Calcutta medical institutions reports 1879-81 [i.e.91]
Year: 1879
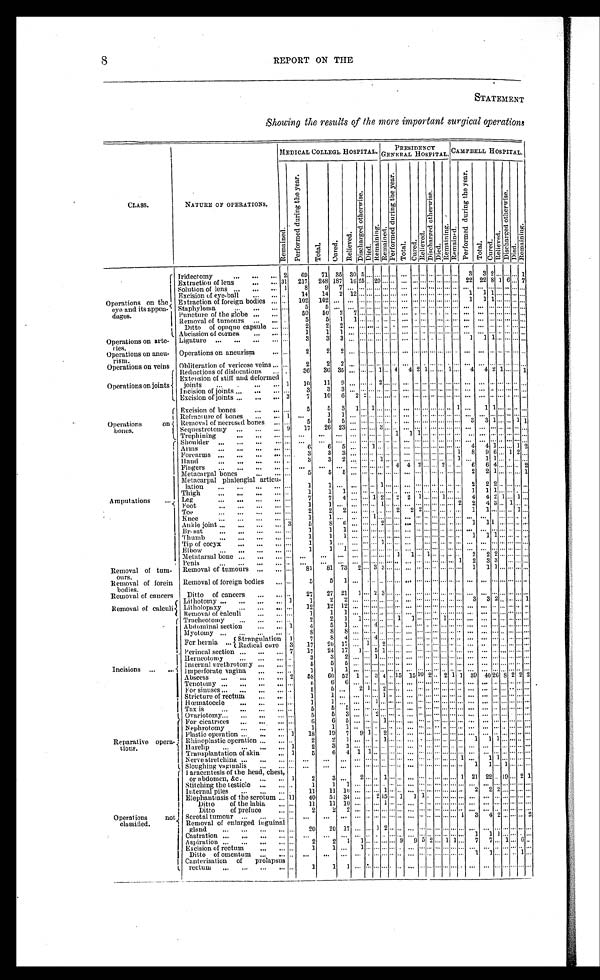
8
REPORT ON THE
STATEMENT
Showing the results of the more important surgical operations
NATURE 0F OPERATIONS.
MEDICAL COLLEGE HOSPITAL.
PRESIDENCY
GENERAL HOSPITAL. CAMPBELL HOSPITAL
.
CLASS.
R e m a i n e d .
P e r f o r m e d d u r i n g t h e y e a r .
T o t a l .
C u r e d .
R e l i e v e d .
D i s c h a r g e d o t h e r w i s e .
Died.
R e m a i n i n g . R e m a i n e d .
P e r f o r m e d d u r i n g t h e y e a r .
T o t a l .
C u r e d .
R e l i e v e d .
D i s c h a r g e d o t h e r w i s e .
D i e d . R e m a i n i n g . R e m a i n e d .
P e r f o r m e d d u r i n g t h e y e a r .
T o t a l . C u r e d .
C u r e d .
C u r e d .
R e l i e v e d .
D i s c h a r g e d o t h e r w i s e .
D i e d .
R e m a i n i n g .
Operations on the
eye and its appen-
dages.
Iridectomy . . .
2
6 9
7 1
3 5
30
5 . . . . . . . . .
. . .
. . . . . . . . .. . .
. . . . . .. . .
3
3 2 . . . . . . . . . 1
Extraction of lens . . .
31
217
248 187 16 25 . . . 20 . . . . . .
. . . . . . . . . . . . . . . . . .. . . 22 22 8 1 6 . . .
7
Solution of lens . . .
1
8
9
7
. . . . . . . . . . . . . . . . . .
. . . . . . . . . . . . . . . . . .. . .
. . .
. . . . . . . . . . . . . . . . . .
Excision of eye-ball . . .
. . .
1 4
1 4
2
1 2 . . . . . . . . . . . . . . .
. . . . . . . . . . . . . . . . . .. . .
1
1 1 . . . . . . . . . . . .
Extraction of foreign bodies . . .
. . .
102
102
. . .
. . .
. . . . . . . . . . . . . . .
. . .
. . . . . . . . . . . . . . .. . .
1
1 1
. . . . . . . . . . . .
Staphyloma . . .
. . .
5
5
. . .
. . . . . . . . . . . . . . . . . .
. . . . . . . . . . . . . . . . . .. . .
. . .
. . . . . . . . . . . . . . . . . .
Puncture of the globe . . .
. . .
5 0
5 0
2
7 . . . . . . . . . . . . . . .
. . . . . . . . . . . . . . . . . .. . .
. . .
. . . . . . . . . . . . . . . . . .
Removal of tumours . . .
. . .
5
5
1
1 . . . . . . . . . . . . . . .
. . . . . . . . . . . . . . . . . .. . .
. . .
. . . . . . . . . . . . . . .
. . .
Ditto of opaque capsule . . .
. . .
2
2
2
. . . . . . . . . . . . . . . . . .
. . . . . . . . . . . . . . . . . .. . .
. . .
. . . . . . . . . . . . . . .
. . .
Abcission of cornea . . .
. . .
1
1
1
. . . . . . . . . . . . . . . . . .
. . . . . . . . . . . . . . . . . .. . .
. . .
. . . . . . . . . . . . . . . . . .
Operations on arte-ries.
Ligature . . .
3
3
3
. . .
. . .. . .
. . . . . . . . .. . .
. . . . . . . . . . . . . . . . . .
. . .
1
1 1 . . . . . . . . . . . .
Operations on aneu-
rism.
Operations on aneurism . . .
. . .
2
2
2
. . . . . . . . . . . . . . . . . .
. . . . . . . . . . . . . . . . . .. . .
. . .
. . . . . . . . . . . . . . . . . .
Obliteration of vericose veins . . .
. . .
2
2
2
. . . . . . . . . . . . . . . . . .
. . . . . . . . . . . . . . . . . .. . .
. . .
. . . . . . . . . . . . . . . . . .
Operations on veins
Operations on joints
Reductions of dislocations . . .
. . .
36
36 35
. . .
. . . . . . 1 . . . 4
4 2 1 . . . . . . 1 . . .
4
4 2 1
. . . . . . 1
Extension of stiff and deformed
joints . . .
1
1 0
1 1
9
. . . . . . . . . 2 . . . . . .
. . .. . . . . . . . . . . .
. . .
. . .
. . .
. . . . . . . . .
. . . . . .
. . .
Incision of joints. . .
. . .
3
3
3
. . . . . . . . . . . . . . . . . .
. . . . . . . . . . . . . . . . . .. . .
. . .
. . . . . . . . . . . .. . . . . .
Excision of joints . . .
3
7
1 0
6
2 2 . . . . . . . . . . . .
. . . . . . . . . . . . . . . . . .. . .
. . .
. . . . . . . . . . . .. . . . . .
Operations
on
bones.
Excision of bones . . .
. . .
5
5
3 1
. . . 1 . . . . . . . . .
. . . . . . . . . . . . . . . . . .1
. . .
1 1 . . . . . . . . . . . .
Refracture of bones . . .
1
. . .
1
1 . . .
. . . . . . . . . . . . . . .
. . . . . . . . . . . . . . . . . .. . .
. . .
. . . . . . . . . . . . . . . . . .
Removal of necrosed bones . . .
. . .
5
5
5 . . . . . . . . . . . . . . . . . .
. . . . . . . . . . . . . . . . . .. . .
3
3 1 . . . . . . 1 1
Sequestrotomy . . .
9
1 7
2 6
2 3
. . . . . . . . . 3 . . . . . .
. . . . . . . . . . . . . . . . . .. . .
. . .
. . . . . . . . . . . . . . . . . .
Trephining . . .
. . .
. . .
. . .
. . .
. . . . . . . . . . . . . . . 1
1 1 . . . . . . . . . . . .. . .
. . .
. . . . . . . . . . . . . . . . . .
Amputations . . .
Shoulder . . .
. . .
. . .
. . .
. . .
. . . . . . . . . . . . . . . . . .
. . . . . . . . . . . . . . . . . .. . .
. . .
. . . . . . . . . . . . . . . . . .
Arms . . .
. . .
6
6
5
. . . . . . 1 . . . . . . . . .
. . . . . . . . . . . . . . . . . .. . .
4
4 1 . . . . . . 1 2
Forearms . . .
. . .
3
3
3
. . . . . . . . . . . . . . . . . .
. . . . . . . . . . . . . . . . . .1
8
9 6 . . . 1 2 . . .
Hand . . .
. . .
3
3
2
. . . . . . . . . 1 . . . . . .
. . . . . . . . . . . . . . . . . .1
. . .
1 1 . . . . . . . . . . . .
Fingers . . .
. . .
. . .
. . .
. . .
. . . . . . . . . . . . . . . 4
4 2 . . . . . . 2 . . .. . .
6
6 4 . . . . . . . . . 2
Metacarpal bones . . .
. . .
5
5
5
. . . . . . . . . . . . . . . . . .
. . . . . . . . . . . . . . . . . .. . .
2
2 1 . . . . . . . . . 1
Metacarpal phalengial articu
-
lation . . . . . .
1
1
. . .
. . . . . . . . . 1 . . . . . .
. . . . . . . . . . . . . . . . . .. . .
2
2 2 . . . . . . . . . . . .
Thigh . . .
. . .
1
1
1
. . . . . . . . . . . . . . . . . .
. . . . . . . . . . . . . . . . . .. . .
1
1 1 . . . . . . . . . . . .
Leg. . .
. . .
7
7
4
. . . . . . 1 2
. . . 2 2 1
. . . . . . 1 . . .. . .
4
4 2 1
. . . 1 . . .
Foot . . .
. . .
1
1
. . .
. . . . . . . . . 1 . . . . . .
. . . . . . . . . . . . . . . . . .2
2
4 3 . . . 1 . . . . . .
Toe . . .
. . .
2
2
2
. . . . . . . . . . . . . . . 2
2 2 . . . . . . . . . . . .. . .
1
1 . . . . . . . . . 1 . . .
Knee . . .
. . .
1
1
. . .
. . . . . . 1 . . . . . . . . .
. . . . . . . . . . . . . . . . . .. . .
. . .
. . . . . . . . . . . . . . . . . .
Ankle joint . . .
3
5
8
6
. . . . . . . . . 2 . . . . . .
. . . . . . . . . . . . . . . . . .. . .
1
1 1 . . . . . . . . . . . .
Breast . . .
. . .
1
1
1
. . . . . . . . . . . . . . . . . .
. . . . . . . . . . . . . . . . . .. . .
. . .
. . . . . . . . . . . . . . . . . .
Thumb . . .
. . .
1
1
1
. . . . . . . . . . . . . . . . . .
. . . . . . . . . . . . . . . . . .. . .
1
1 1 . . . . . . . . . . . .
Tip of cocyx . . .
. . .
1
1
. . .
. . . . . . . . . 1 . . . . . .
. . . . . . . . . . . . . . . . . .. . .
. . .
. . . . . . . . . . . . . . . . . .
Elbow . . .
. . .
1
1
1
. . . . . . . . . . . . . . . . . .
. . . . . . . . . . . . . . . . . .. . .
. . .
. . . . . . . . . . . . . . . . . .
Metatarsal bone . . .
. . .
. . .
. . .
. . .
. . . . . . . . . . . . . . . 1
1 . . . 1 . . . . . . . . .. . .
2
2 2 . . . . . . . . . . . .
Penis . . .
. . .
. . .
. . .
. . .
. . . . . . . . . . . . . . . . . .
. . . . . . . . . . . . . . . . . .1
2
3 3 . . . . . . . . . . . .
Removal of tum-
ours.
Removal of tumours . . .
. . .
81
81 73
2 . . . 3 3 . . . . . .
. . . . . . . . . . . . . . . . . . . . .
1
1 1
. . . . . . . . . . . .
Removal of forein
bodies.
Removal of foreign bodies . . .
. . .
5
5
1
. . . . . . . . . . . . . . . . . .
. . . . . . . . . . . . . . . . . .. . .
. . .
. . . . . . . . . . . . . . . . . .
Removal of cancers
Ditto
of cancers . . . . . .
2 7
2 7
2 1
1 . . . 2 3 . . . . . .
. . . . . . . . . . . . . . . . . .. . .
. . .
. . .
. . . . . . . . . . . . . . .
Removal of calculi
Lithotomy . . .
1
1
2
2
. . . . . . . . . . . . . . . . . .
. . . . . . . . . . . . . . . . . .. . .
3
3 2 . . . . . . . . . 1
Litholopaxy . . .
. . .
1 2
1 2
1 2
. . . . . . . . . . . . . . . . . .
. . . . . . . . . . . . . . . . . . . . .
. . .
. . . . . . . . . . . . . . . . . .
Removal of calculi . . .
. . .
1
1
1
. . . . . . . . . . . . . . . . . .
. . . . . . . . . . . . . . . . . . . . .
. . .
. . . . . . . . . . . . . . . . . .
Incisions . . .
Tracheotomy . . .
. . .
2
2
1
1 . . . . . . . . . . . . 1
1 . . . . . . . . . 1 . . .. . .
. . .
. . . . . . . . . . . . . . . . . .
Abdominal section . . .
1
4
5
1
. . . . . . 4 . . . . . . . . .
. . . . . . . . . . . . . . . . . .. . .
. . .
. . . . . . . . . . . . . . . . . .
Myotomy . . .
. . .
8
8
8
. . . . . . . . . . . . . . . . . .
. . . . . . . . . . . . . . . . . .. . .
. . .
. . . . . . . . . . . . . . . . . .
For hernia . . .
S t r a n g u l a t i o n 1
7
8
4
. . . . . . 4 . . . . . . . . .
. . . . . . . . . . . . . . . . . . . . .
. . .
. . . . . . . . . . . . . . . . . .
Radical cure
3
17
20 17
. . . 1 . . . 2 . . . . . .
. . . . . . . . . . . . . . . . . .. . .
. . . . . .
. . . . . . . . . . . . . . .
Perineal section . . .
7
17
24 17
1 . . . 5 1 . . . . . .
. . . . . . . . . . . . . . . . . .
. . .
. . .
. . . . . . . . . . . . . . . . . .
Herneotomy . . .
. . .
3
3
2
. . . . . . 1 . . . . . . . . .
. . . . . . . . . . . . . . . . . . . . .
. . .
. . . . . . . . . . . . . . . . . .
Internal urethrotomy . . .
. . .
5
5
5
. . . . . . . . . . . . . . . . . .
. . . . . . . . . . . . . . . . . . . . .
. . .
. . . . . . . . . . . . . . . . . .
Imperforate vagina . . .
. . .
1
1
1
. . . . . . . . . . . . . . . . . .
. . . . . . . . . . . . . . . . . . . . .
. . .
. . . . . . . . . . . . . . . . . .
Abscess . . .
2
58
60 52 1
. . . 3 4 . . . 15 15 10 2 . . . 2 1 1 39 40 26
8 2 2 2
Tenotomy . . .
. . .
6
6
6
. . . . . . . . . . . . . . . . . .
. . . . . . . . . . . . . . . . . .. . .
. . .
. . . . . . . . . . . . . . . . . .
For sinuses . . .
. . .
5
5
. . .
2 1 . . . 2 . . . . . .
. . .. . . . . . . . . . . . . . .. . .
. . .
. . . . . . . . . . . . . . . . . .
Stricture of rectum . . .
. . .
1
1
. . .
. . . . . . . . . 1 . . . . . .
. . . . . . . . . . . . . . . . . .. . .
. . .
. . . . . . . . . . . . . . . . . .
Hœmatocele . . .
. . .
1
1
. . .
. . . . . . 1 . . . . . . . . .
. . . . . . . . . . . . . . . . . . . . .
. . .
. . . . . . . . . . . . . . . . . .
Tax is . . .
. . .
5
5
5
. . . . . . . . . . . . . . . . . .
. . . . . . . . . . . . . . . . . . . . .
. . .
. . . . . . . . . . . . . . . . . .
Ovariotomy . . .
. . .
5
5
3
. . . . . . 2 . . . . . . . . .
. . . . . . . . . . . . . . . . . . . . .
. . .
. . . . . . . . . . . . . . . . . .
Reparative opera
- t i o n s .
For cicatrices . . .
. . .
6
6
5
. . . . . . . . . 1 . . . . . .
. . . . . . . . . . . . . . . . . . . . .
. . .
. . . . . . . . . . . . . . . . . .
Nephrotomy . . .
. . .
1
1
1
. . . . . . . . . . . . . . . . . .
. . . . . . . . . . . . . . . . . . . . .
. . .
. . . . . . . . . . . . . . . . . .
Plastic operation . . .
1
1 8
1 9
7
9 1 . . . 2 . . . . . .
. . . . . . . . . . . . . . . . . . . . .
. . .
. . . . . . . . . . . . . . . . . .
Rhinoplastic operation . . .
. . .
2
2
1
. . . . . . . . . 1 . . . . . .
. . . . . . . . . . . . . . . . . . . . .
1
1 1 . . . . . . . . . . . .
Harelip . . .
1
2
3
3
. . . . . . . . . . . . . . . . . .
. . . . . . . . . . . . . . . . . . . . .
. . .
. . . . . . . . . . . . . . . . . .
Transplantation of skin . . .
1
5
6
4
1 1 . . . . . . . . . . . .
. . . . . . . . . . . . . . . . . . . . .
. . .
. . . . . . . . . . . . . . . . . .
Nerve stretching . . .
. . .
. . .
. . .
. . .
. . . . . . . . . . . . . . . . . .
. . . . . . . . . . . . . . . . . .1
. . .
1 1 . . . . . . . . . . . .
Sloughing vaginalis . . .
. . .
. . .
. . .
. . .
. . . . . . . . . . . . . . . . . .
. . . . . . . . . . . . . . . . . . . . .
1
1 . . . 1 . . . . . . . . .
O p e r a t i o n s
not
classified.
Paracentesis of the head, chest,
or abdomen, &c. . . .
1
2
3
. . .
2 . . . . . . 1 . . . . . .
. . . . . . . . . . . . . . . . . . 1 21 22 . . . 19 . . . 2 1
Stitching the testicle . . .
. . .
1
1
1
. . . . . . . . . . . . . . . . . .
. . . . . . . . . . . . . . . . . . . . .
. . .
. . . . . . . . . . . . . . . . . .
Internal piles . . .
. . .
1 1
1 1
1 0
. . . . . . . . . 1 . . . . . .
. . . . . . . . . . . . . . . . . . . . .
2
2 2 . . . . . . . . . . . .
Elephantiasis of the scrotum . . . 11
40
51 34
. . . . . . 2 15 . . . 1
1 1 . . .
. . . . . . . . . . . .
. . .
. . . . . . . . . . . . . . . . . .
Ditto
of the labia . . . . . .
1 1
1 1
1 0
. . . . . . . . . 1 . . . . . .
. . . . . . . . . . . . . . . . . . . . .
. . .
. . . . . . . . . . . . . . . . . .
Ditto
of prefuce . . . . . .
2
2
2
. . . . . . . . . . . . . . . . . .
. . . . . . . . . . . . . . . . . . . . .
. . .
. . . . . . . . . . . . . . . . . .
Scrotal tumour . . .
. . .
. . .
. . .
. . .
. . . . . . . . . . . . . . . . . .
. . . . . . . . . . . . . . . . . 1
3
4 2 . . . . . . . . . 2
Removal of enlarged inguinal gland . . .
. . .
20
2 0
1 7
. . . . . . 1 2 . . . . . .
. . . . . . . . . . . . . . . . . . . . .
. . .
. . . . . . . . . . . . . . . . . .
Castration . . .
. . .
. . .
. . .
. . .
. . . . . . . . . . . . . . . . . .
. . . . . . . . . . . . . . . . . . . . .
1
1 1 . . . . . . . . . . . .
Aspiration . . .
. . .
2
2
1
1 . . . . . . . . . . . . 9
9 5 2 . . . 1 1 . . .
7
7 . . . 1 . . . 6 . . .
Excision of rectum . . .
. . .
1
1
. . .
1 . . . . . . . . . . . . . . .
. . . . . . . . . . . . . . . . . .. . .
. . .
. . . . . . . . . . . . . . . . . .
Ditto of omentum . . .
. . .
. . .
. . .
. . .
. . . . . . . . . . . . . . . . . .
. . . . . . . . . . . . . . . . . .. . .
1
1 . . . . . . . . . 1 . . .
Canterisation
of
prolapsus
rectum . . .
. . .
1
1
1
. . . . . . . . . . . . . . . . . . .
. . . . . .
. . . . . .
. . . . . .
. . .
. . .
. . . . . . . . .
. . . . . .
. . .